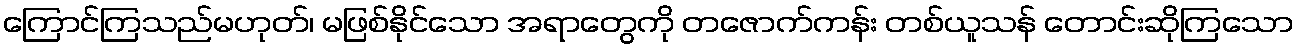
ကြောင်ကြသည်မဟုတ်၊ မဖြစ်နိုင်သော အရာတွေကို တဇောက်ကန်း တစ်ယူသန် တောင်းဆိုကြသော